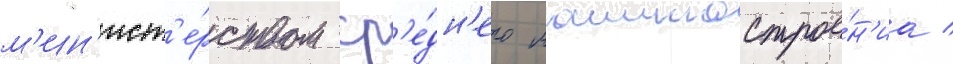
м'ин'ист'е́рством ср'е́дн'его машинострое́н'иа /